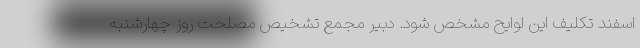
اسفند تکلیف این لوایح مشخص شود. دبیر مجمع تشخیص مصلحت روز چهارشنبه